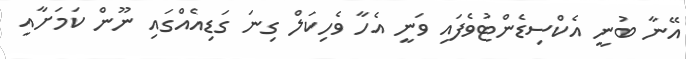
އޭނާ ބުނީ އެކްސިޑެންޓުވެފައި ވަނީ އެހާ ވެހިކަލް ގިނަ ގަޑިއެއްގައި ނޫން ކަމަށާއި